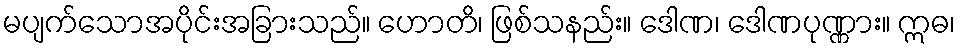
မပျက်သောအပိုင်းအခြားသည်။ ဟောတိ၊ ဖြစ်သနည်း။ ဒေါဏ၊ ဒေါဏပုဏ္ဏား။ ဣဓ၊